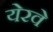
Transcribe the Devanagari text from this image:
येरवे